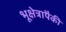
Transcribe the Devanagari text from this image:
भूक्षेत्रापैकी